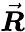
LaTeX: \vec{\boldsymbol{R}}